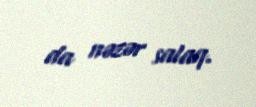
da nəzər salaq.